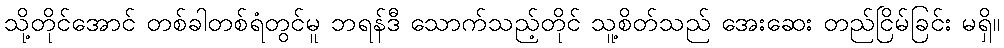
သို့တိုင်အောင် တစ်ခါတစ်ရံတွင်မူ ဘရန်ဒီ သောက်သည့်တိုင် သူ့စိတ်သည် အေးဆေး တည်ငြိမ်ခြင်း မရှိ။